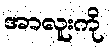
အာလူးကို